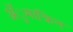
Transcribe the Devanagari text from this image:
ॲुमाक्रिन